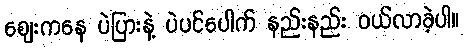
ဈေးကနေ ပဲပြားနဲ့ ပဲပင်ပေါက် နည်းနည်း ဝယ်လာခဲ့ပါ။